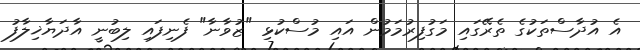
އެ އުދާސްތަކުގެ ތެރޭގައި މަގުފިރުމަމުން އައި މުސްކުޅި "ޒުވާނާ" ފެނިފައި ލިބުނީ އާދަޔާޚިލާފު